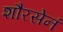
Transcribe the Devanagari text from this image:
शौरसेनं